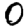
Digit: 0